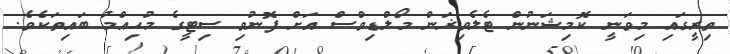
ތިރީގައި މިވަނީ ކޮމިޝަނުން ޓެލެވިޜަން މޯލްޑިވްސް އަށް ފޮނުވި ސިޓީގެ މުޙިއްމު ބައިތަކެވެ.